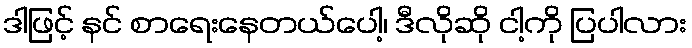
ဒါဖြင့် နင် စာရေးနေတယ်ပေါ့၊ ဒီလိုဆို ငါ့ကို ပြပါလား